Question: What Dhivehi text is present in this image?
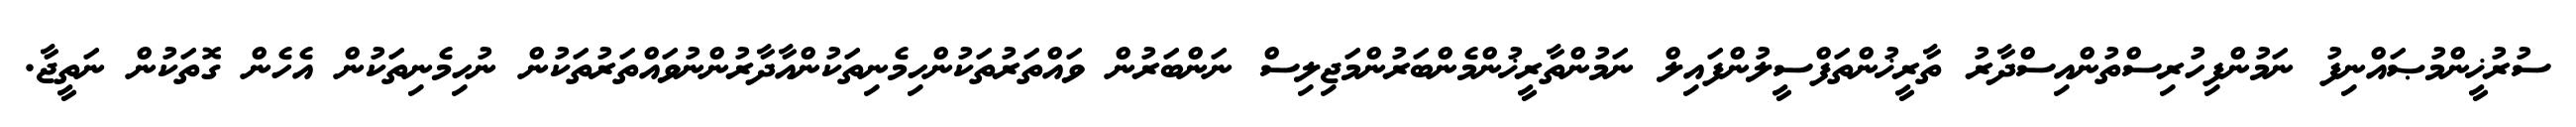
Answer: ސުރުޚީންމުޞައްނިފު ނަމުންފިހުރިސްތުންއިސްދާރު ތާރީޚުންތަފްސީލުންފައިލް ނަމުންތާރީޚުންމެންބަރުންމަޖިލިސް ނަންބަރުން ވައްތަރުތަކުންހިމެނިތަކުންއާދާރުންނުވައްތަރުތަކުން ނުހިމެނިތަކުން އެހެން ގޮތަކުން ނަތީޖާ.